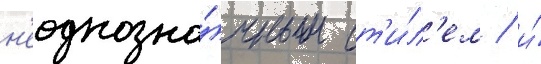
н'еоднозна́чным ст'и́л'ем / и́